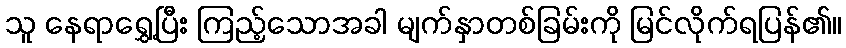
သူ နေရာရွှေ့ပြီး ကြည့်သောအခါ မျက်နှာတစ်ခြမ်းကို မြင်လိုက်ရပြန်၏။